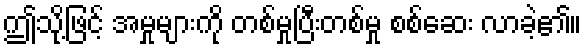
ဤသို့ဖြင့် အမှုများကို တစ်မှုပြီးတစ်မှု စစ်ဆေး လာခဲ့၏။